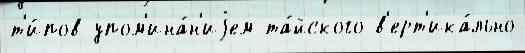
т'и́пов упом'ина́н'иjем та́йского в'ерт'ика́льно